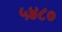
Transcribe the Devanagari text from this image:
५४८०